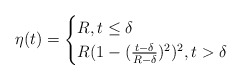
\begin{align*}\eta(t)=\begin{cases}R,t\leq \delta\\R(1-(\frac{t-\delta}{R-\delta})^2)^2, t> \delta\end{cases}\end{align*}